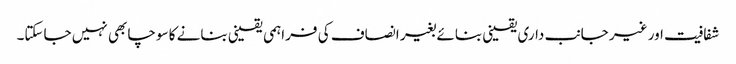
شفافیت اور غیر جانب داری یقینی بنائے بغیر انصاف کی فراہمی یقینی بنانے کا سوچا بھی نہیں جاسکتا۔